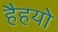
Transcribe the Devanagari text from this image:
हैहयो